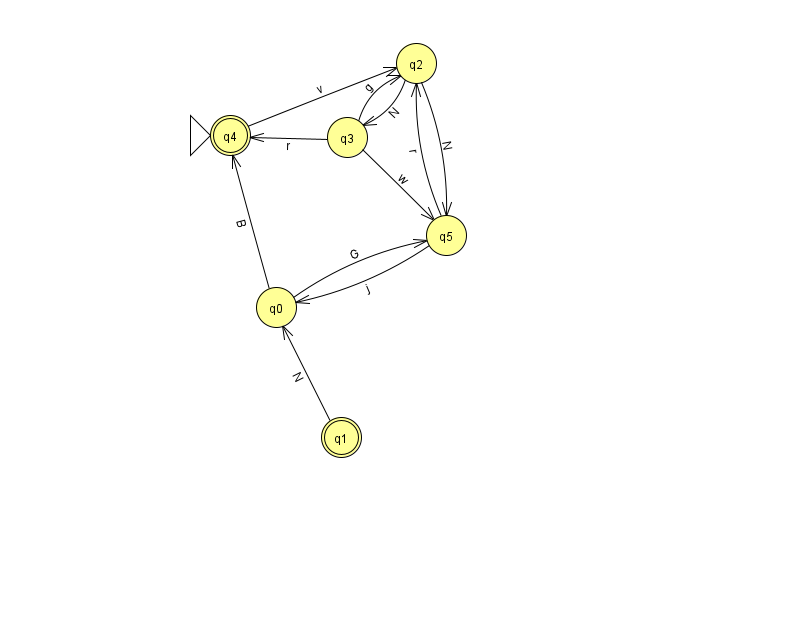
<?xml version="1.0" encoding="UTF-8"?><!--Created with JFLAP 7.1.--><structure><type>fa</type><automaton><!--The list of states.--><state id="0" name="q0"><x>276.0</x><y>294.0</y></state><state id="1" name="q1"><x>341.0</x><y>424.0</y><final/></state><state id="2" name="q2"><x>416.0</x><y>50.0</y></state><state id="3" name="q3"><x>347.0</x><y>124.0</y></state><state id="4" name="q4"><x>230.0</x><y>122.0</y><initial/><final/></state><state id="5" name="q5"><x>446.0</x><y>222.0</y></state><!--The list of transitions.--><transition><from>2</from><to>5</to><read>N</read></transition><transition><from>5</from><to>0</to><read>j</read></transition><transition><from>3</from><to>5</to><read>w</read></transition><transition><from>2</from><to>3</to><read>N</read></transition><transition><from>3</from><to>4</to><read>r</read></transition><transition><from>0</from><to>4</to><read>B</read></transition><transition><from>4</from><to>2</to><read>v</read></transition><transition><from>3</from><to>2</to><read>g</read></transition><transition><from>5</from><to>2</to><read>r</read></transition><transition><from>0</from><to>5</to><read>G</read></transition><transition><from>1</from><to>0</to><read>N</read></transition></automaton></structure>